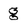
Character: g